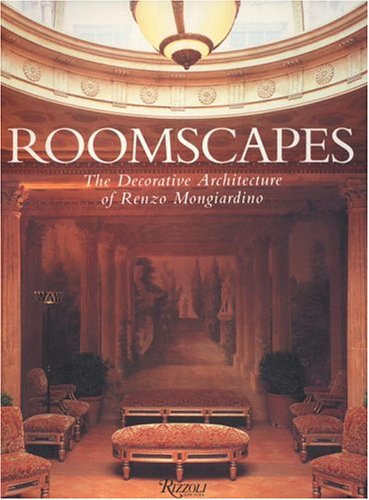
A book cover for Roomscapes: The Decorative Architecture of Renzo Mongiardino; Renzo Mongiardino; Arts & Photography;